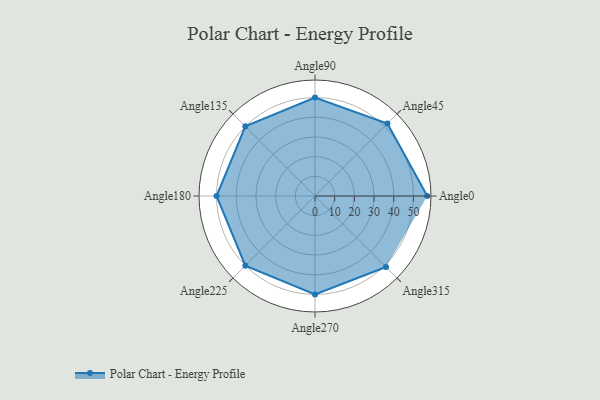
{"axis": {"x": "Angle", "y": "Radius"}, "legend": [""], "data": [{"x": "Angle0", "y": 57.0, "type": ""}, {"x": "Angle45", "y": 52.0, "type": ""}, {"x": "Angle90", "y": 50, "type": ""}, {"x": "Angle135", "y": 50, "type": ""}, {"x": "Angle180", "y": 50, "type": ""}, {"x": "Angle225", "y": 50.0, "type": ""}, {"x": "Angle270", "y": 50.0, "type": ""}, {"x": "Angle315", "y": 51.0, "type": ""}]}